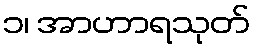
၁၊ အာဟာရသုတ်